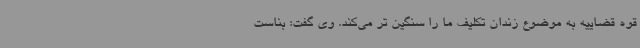
قوه قضاییه به موضوع زندان تکلیف ما را سنگین تر می‌کند. وی گفت: بناست